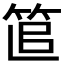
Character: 𥭱